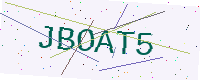
Text: JBOAT5